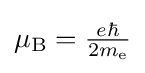
\textstyle \mu _{\mathrm {B} }={\frac {e\hbar }{2m_{\mathrm {e} }}}